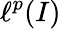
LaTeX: \ell^{p}(I)